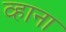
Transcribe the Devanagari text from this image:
व्हाना